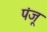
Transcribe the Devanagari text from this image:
पंजू